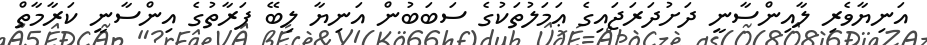
އަނިޔާވެރި ލާއިންސާނީ ދަށުދަރަޖައިގެ ޢަމަލުތަކުގެ ސަބަބުން އަނިޔާ ލިބޭ ފަރާތުގެ އިންސާނީ ކަރާމާތް